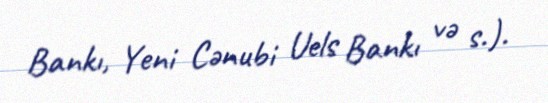
Bankı, Yeni Cənubi Uels Bankı və s.).